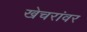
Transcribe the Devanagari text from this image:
खेचरांवर